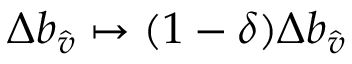
\Delta b _ { \hat { v } } \mapsto ( 1 - \delta ) \Delta b _ { \hat { v } }